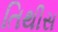
તિથીસ